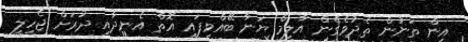
އިން ތަނުން ތެދުވެގެން އާލިމް ޔަނާ ބޭއްވިފައި އޮތް އެނދާއި ދުރަށް ޖެހިލީ